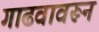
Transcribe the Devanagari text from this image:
गाढवावरून